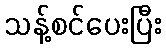
သန့်စင်ပေးပြီး